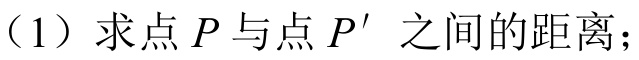
（1）求点\(P\)与点\(P'\) 之间的距离；